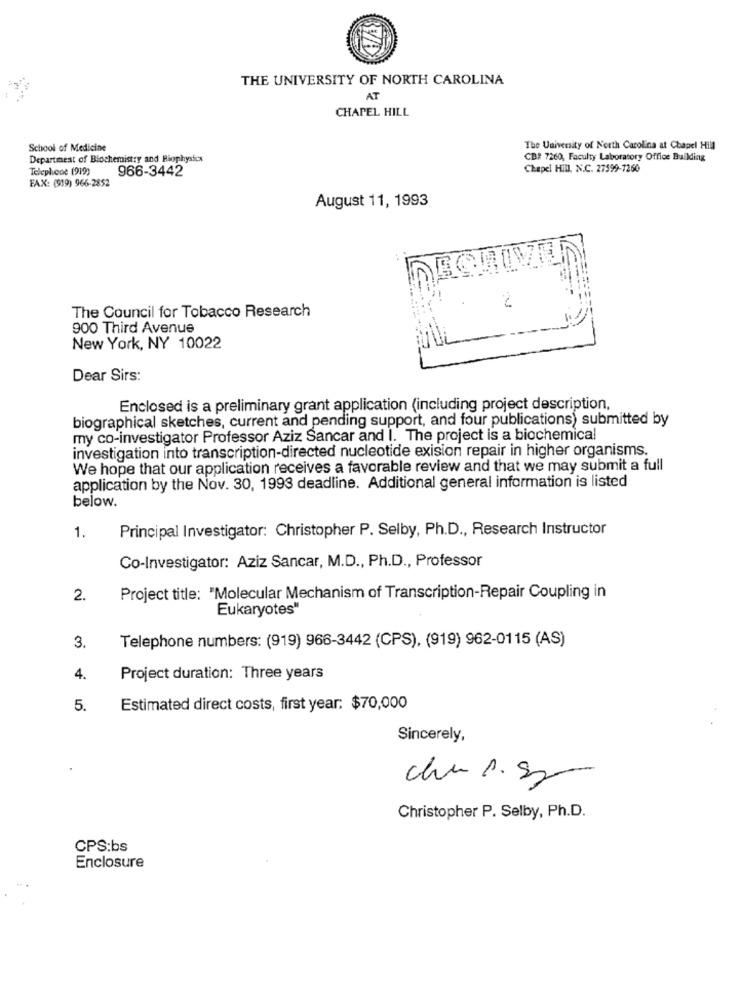
THE UNIVERSITY OF NORTH CAROLINA
AT
CHAPEL HILL
School of Medicine
The University of North Carolina at Chapel Hill
Department of Biochemistry and Biophysics
CBR 7260, Faculty Laboratory Office Building
Telephone (919)
966-3442
Chapel Hill. N.C. 27599-7260
FAX: (519) 966-2852
August 11, 1993
The Council for Tobacco Research
900 Third Avenue
New York, NY 10022
Dear Sirs:
Enclosed is a preliminary grant application (including project description,
biographical sketches, current and pending support, and four publications) submitted by
my co-investigator Professor Aziz Sancar and I. The project is a biochemical
investigation into transcription-directed nucleotide exision repair in higher organisms.
We hope that our application receives a favorable review and that we may submit a full
application by the Nov. 30, 1993 deadline. Additional general information is listed
below.
Principal Investigator: Christopher P. Selby, Ph.D ., Research Instructor
1.
Co-Investigator: Aziz Sancar, M.D ., Ph.D ., Professor
2.
Project title: "Molecular Mechanism of Transcription-Repair Coupling in
Eukaryotes"
3.
Telephone numbers: (919) 966-3442 (CPS), (919) 962-0115 (AS)
4.
Project duration: Three years
5.
Estimated direct costs, first year: $70,000
Sincerely,
che s. sp-
Christopher P. Selby, Ph.D.
CPS:bs
Enclosure